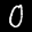
Label: 0